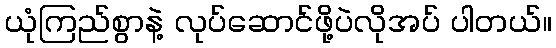
ယုံကြည်စွာနဲ့ လုပ်ဆောင်ဖို့ပဲလိုအပ် ပါတယ်။